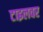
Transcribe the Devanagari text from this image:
टाइलवर